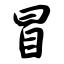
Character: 冒